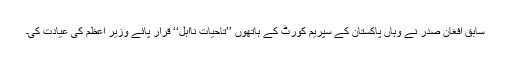
سابق افغان صدر نے وہاں پاکستان کے سپریم کورٹ کے ہاتھوں ’’تاحیات نااہل‘‘ قرار پائے وزیر اعظم کی عیادت کی۔